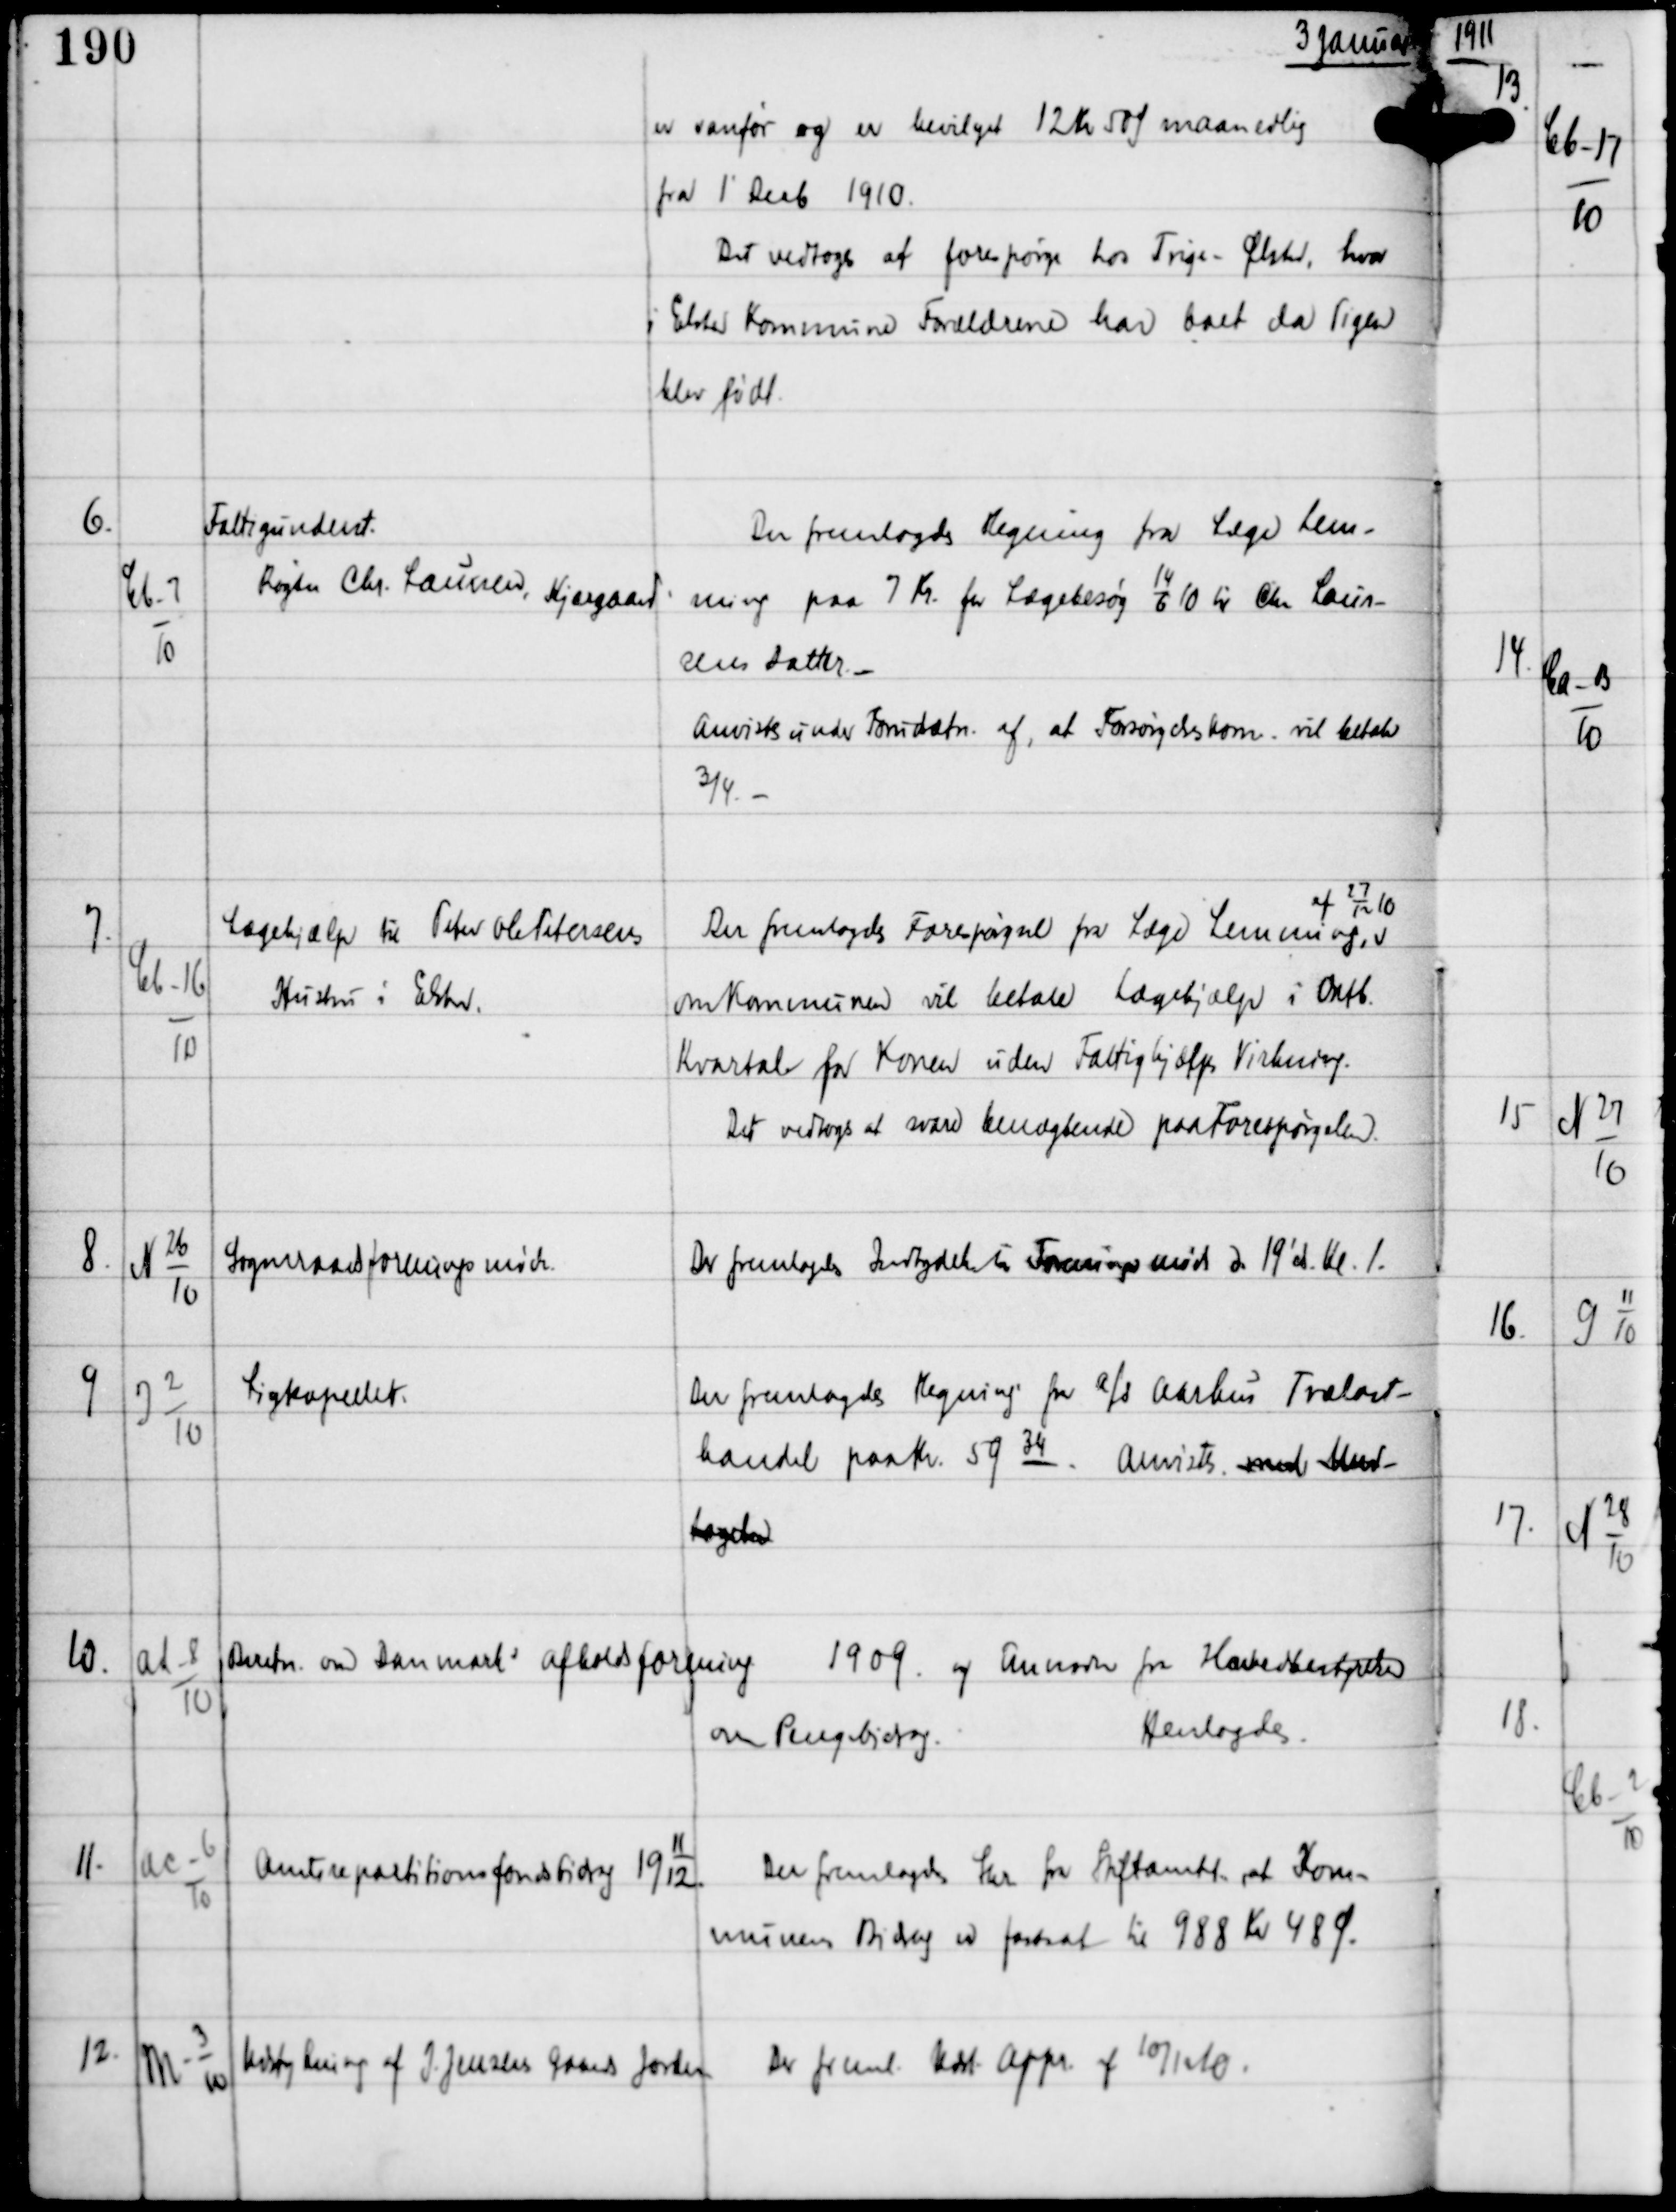
Transskription:
3 Januar

er vanfør og er bevilget 12 Kr 50 Ø maanedlig
fra 1' Decb 1910
Det vedtoges at forespørge hos Trige-Ølsted, hvor
i Elsted Kommune Forældrene har boet da Pigen
blev født.

6.

Cb-7
10

Fattigunderst
Røgter Chr. Laursen Kjærgaard

Der fremlagdes Regning fra Læge Lem-
ming paa 7 Kr for Lægebesøg 14 6 10 til Chr Laur-
sens Datter. -
Anvistes under Forudsætn af, at Forsørgelseskom. vil betale
¾. -

7.

Cb-16
10

Lægehjælp til Peter Ole Petersens
Hustru i Elsted.

Der fremlagdes Forespørgsel fra Læge Lemming,
af 2712 19
om Kommunen vil betale Lægehjælp i Oktb
Kvartal for Konen uden Fattighjælps Virkning.
Det vedtoges at svare benægtende paa Forespørgslen.

8.

N 26
10

Sogneraadsforeningsmøde

Der fremlagdes Indbydelse til Foreningsmøde d 19' ds Kl 1.

9

J 2
10

Ligkapellet

Der fremlagdes Regning fra a/s Aarhus Trælast-
handel paa Kr 5934.
Anvistes med Und-
tagelse

10.

Ad-8
10

Beretn om Danmarks Afholdsforening
1909 og Anmodn fra Hovedbestyrelsen
om Pengebidrag.
Henlagdes.

11.

Ac-6
10

Amtsrepartitionsfondsbidrag
19
11
12

Der fremlagdes Skr fra Stiftamtet, at Kom-
munens Bidrag er fastsat til 988 Kr 48 Ø.

12.

M-3
10

Udstykning af J. Jensens Gaards Jorder

Der freml Udst Appr af 10/12 10.